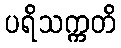
ပရိသက္ကတိ